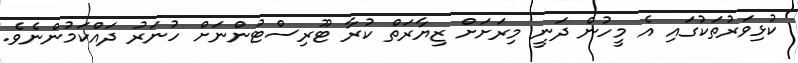
ކުޅިވަރުތަކުގައި އެ މީހުން ދަނީ މިރަށަށް ޒިޔާރަތް ކުރާ ޓޫރިސްޓުންނަށް ހުނަރު ދައްކަމުންނެވެ.